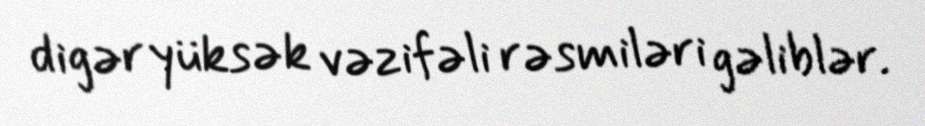
digər yüksək vəzifəli rəsmiləri gəliblər.